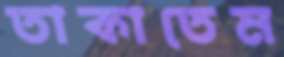
তাকাতেম